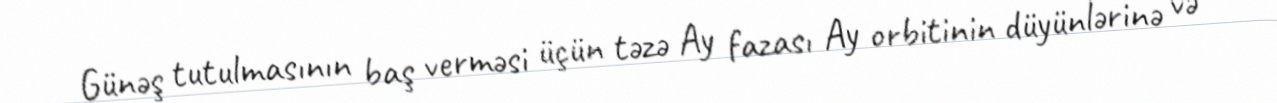
Günəş tutulmasının baş verməsi üçün təzə Ay fazası Ay orbitinin düyünlərinə və